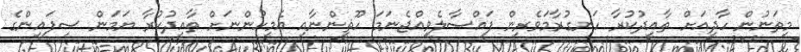
މިތަނުން ހާދީއަށް ތާއީދުކުރާ ހަނގުރާމަވެރިން ފައްސާލެވިއްޖެނަމަ ހޫޘީންނާއި އެމީހުންނަށް ތާއީދުކުރާ ޔަމަން ސިފައިންގެ